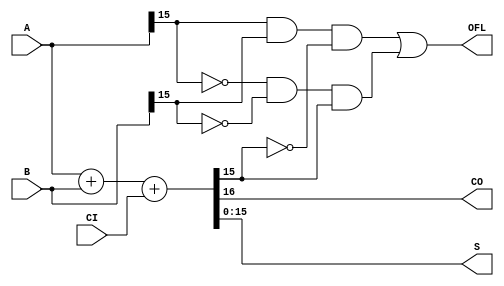
///////////////////////////////////////////////////////////////////////////////
// Copyright (c) 2006 Xilinx, Inc.
// All Right Reserved.
///////////////////////////////////////////////////////////////////////////////
//   ____  ____
//  /   /\/   /
// /___/  \  /    Vendor      : Xilinx
// \   \   \/     Version     : Jade (J.20)
//  \   \         Description : Xilinx HDL Macro Library 
//  /   /                       16-bit cascadable Full Adder with Carry-In, Carry-out
// /___/   /\     Filename    : ADD16.v
// \   \  /  \    Timestamp   : Mon May 08 2006
//  \___\/\___\
//
// Revision:
//    05/08/06 - Initial version.
//    CR# 234574 - 07/25/06 - Modified order of pins, SUM output pin name and logic.
// End Revision

`timescale  100 ps / 10 ps

module ADD16 (CO, OFL, S, A, B, CI);

   
   output 	       CO;
   output 	       OFL;
   output [15:0]       S;

   input  [15:0]       A;
   input  [15:0]       B;
   input               CI;


   assign   {CO, S} = A + B + CI;
   assign   OFL     = (A[15]&B[15]&(~S[15])) | ((~A[15])&(~B[15])&S[15]); 

endmodule